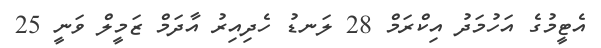
އެޓީމުގެ އަހުމަދު އިކްރަމް 28 ލަނޑު ހެދިއިރު އާދަމް ޒަމީލް ވަނީ 25